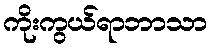
ကိုးကွယ်ရာဘာသာ